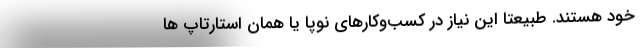
خود هستند. طبیعتا این نیاز در کسب­وکارهای نوپا یا همان استارتاپ­ ها